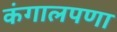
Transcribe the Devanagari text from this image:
कंगालपणा